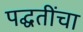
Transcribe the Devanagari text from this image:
पद्घतींचा